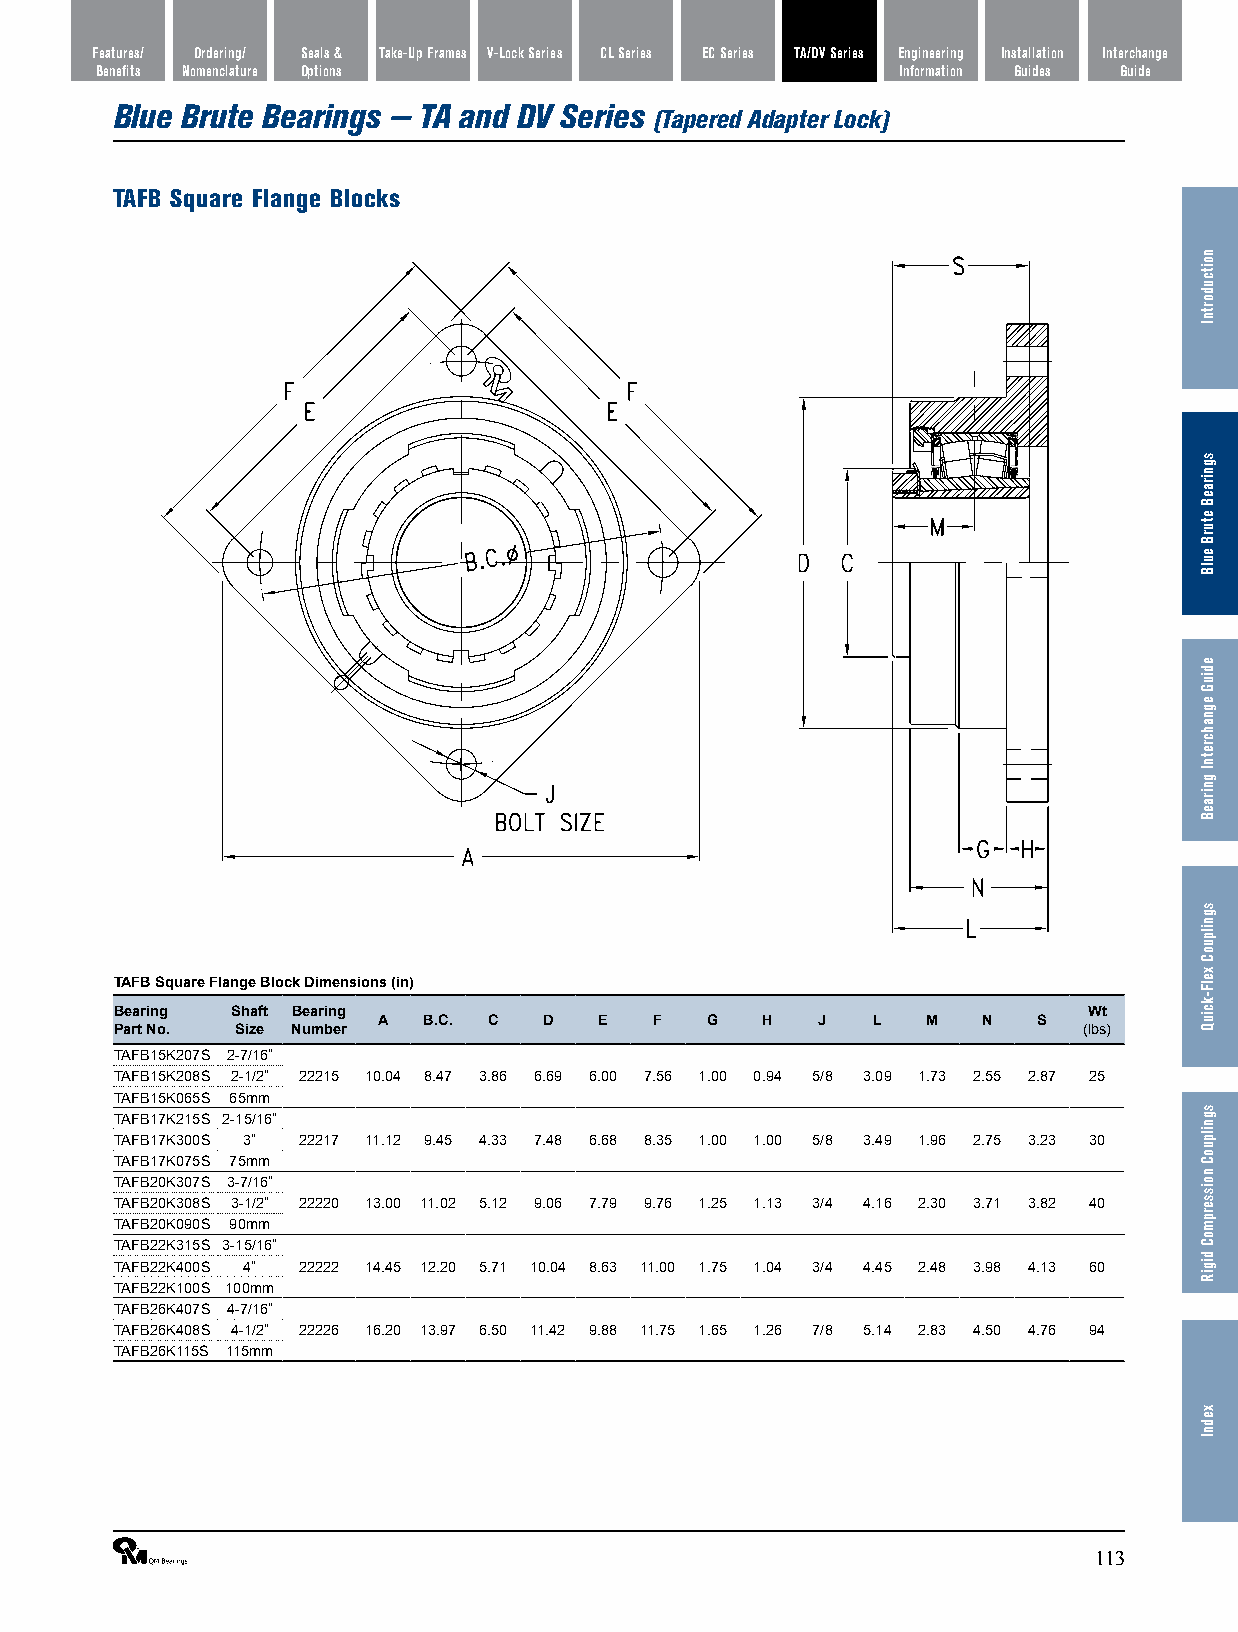
Features/ Ordering/ Seals & Take-Up Frames V-Lock Series CL Series EC Series TA/DV Series Engineering Installation Interchange
 Benefits Nomenclature Options                         Information Guides Guide
 Blue Brute Bearings — TA and DV Series
 (Tapered Adapter Lock)
 TAFB Square Flange Blocks
 TAFB Square Flange Block Dimensions (in)
 Bearing Shaft Bearing                                           Wt
 A  B.C. C  D   E  F   G  H   J   L  M   N   S
 Part No. Size Number                                            (lbs)
 TAFB15K207S 2-7/16”
 TAFB15K208S 2-1/2” 22215 10.04 8.47 3.86 6.69 6.00 7.56 1.00 0.94 5/8 3.09 1.73 2.55 2.87 25
 TAFB15K065S 65mm
 TAFB17K215S 2-15/16”
 TAFB17K300S 3” 22217 11.12 9.45 4.33 7.48 6.68 8.35 1.00 1.00 5/8 3.49 1.96 2.75 3.23 30
 TAFB17K075S 75mm
 TAFB20K307S 3-7/16”
 TAFB20K308S 3-1/2” 22220 13.00 11.02 5.12 9.06 7.79 9.76 1.25 1.13 3/4 4.16 2.30 3.71 3.82 40
 TAFB20K090S 90mm
 TAFB22K315S 3-15/16”
 TAFB22K400S 4” 22222 14.45 12.20 5.71 10.04 8.63 11.00 1.75 1.04 3/4 4.45 2.48 3.98 4.13 60
 TAFB22K100S 100mm
 TAFB26K407S 4-7/16”
 TAFB26K408S 4-1/2” 22226 16.20 13.97 6.50 11.42 9.88 11.75 1.65 1.26 7/8 5.14 2.83 4.50 4.76 94
 TAFB26K115S 115mm
 ®                                                              113
 noitcudortnI
 sgniraeB
 eturB
 eulB
 ediuG
 egnahcretnI
 gniraeB
 sgnilpuoC
 xelF-kciuQ
 sgnilpuoC
 noisserpmoC
 digiR
 xednI